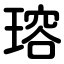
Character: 瑢